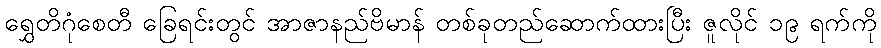
ရွှေတိဂုံစေတီ ခြေရင်းတွင် အာဇာနည်ဗိမာန် တစ်ခုတည်ဆောက်ထားပြီး ဇူလိုင် ၁၉ ရက်ကို